system: You are a helpful assistant.
user:
Analyze the provided spectrum to determine if it is a **M-type Giant (gM)**.

A M-type Giant spectrum is defined by its **strong molecular absorption** features, particularly from **Titanium Oxide (TiO)**. You must check for one of the following mutually exclusive signatures:

- **Key Visual Indicators (Absorption-Dominated Spectrum):**

    - **(Primary):** The spectrum is dominated by strong molecular absorption from **Titanium Oxide (TiO)**. This is the **defining feature** of its M-type temperature class.
        - **(Key Bandheads):** Look for sharp, "saw-tooth" absorption valleys. The strongest are located near **~7050 Å**, **~6160 Å**, and **~5170 Å**.
        - **(Line Profile):** The "saw-tooth" morphology is critical: a **sharp, steep drop on the BLUE (short-wavelength) side** of the bandhead, followed by a gradual recovery (rising flux) towards the RED (long-wavelength) side.

    - **(Key Confirmation - Giant vs. Dwarf):** **ABSENCE** of strong **Calcium Hydride (CaH)** molecular bands. This is the primary diagnostic for *excluding* M-dwarfs.
        - **(Key Region):** The spectrum should lack the strong, broad absorption band seen in dwarfs between **~6800 Å and ~7000 Å**.

    - **(Secondary Confirmation - Giant):** A very strong and broad **Neutral Calcium (Ca I)** atomic absorption line.
        - **(Key Line):** Located at **~4226 Å**. In a giant (gM), this line is significantly deeper and broader than the same line in an M-dwarf (dM) due to low surface gravity.

    - **(Overall Spectrum):**
        - The continuum is **extremely red-sloping** (i.e., flux is very low in the blue and rises dramatically towards the red).
        - The entire spectrum appears "chopped up" by the deep TiO bands.

Think first, call **spectral_visualization_tool** if needed to examine features in detail, then provide your final answer. Your response must adhere to the following strict rules:
1.  **Overall Structure:** Your response must follow the format `<think>...</think> <tool_call>...</tool_call> (if a tool is used) <answer>...</answer>`.
2.  **Tool Usage Constraint:** You may only make **one** tool call per turn.
3.  **Final Answer Format:** In the `<answer>` tag, your conclusion must be inside a `\boxed{}` command (e.g., `\boxed{YES}` or `\boxed{NO}`), followed by your justification.

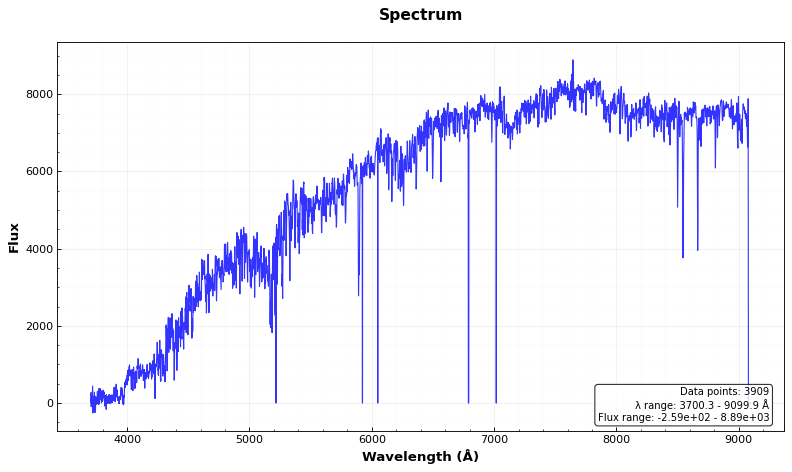
Answer: YES